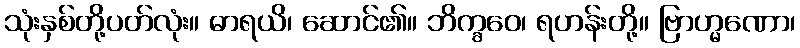
သုံးနှစ်တို့ပတ်လုံး။ ဓာရယိ၊ ဆောင်၏။ ဘိက္ခဝေ၊ ရဟန်းတို့။ ဗြာဟ္မဏော၊